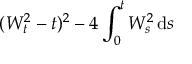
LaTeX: ( W _ { t } ^ { 2 } - t ) ^ { 2 } - 4 \int _ { 0 } ^ { t } W _ { s } ^ { 2 } \, \mathrm { d } s